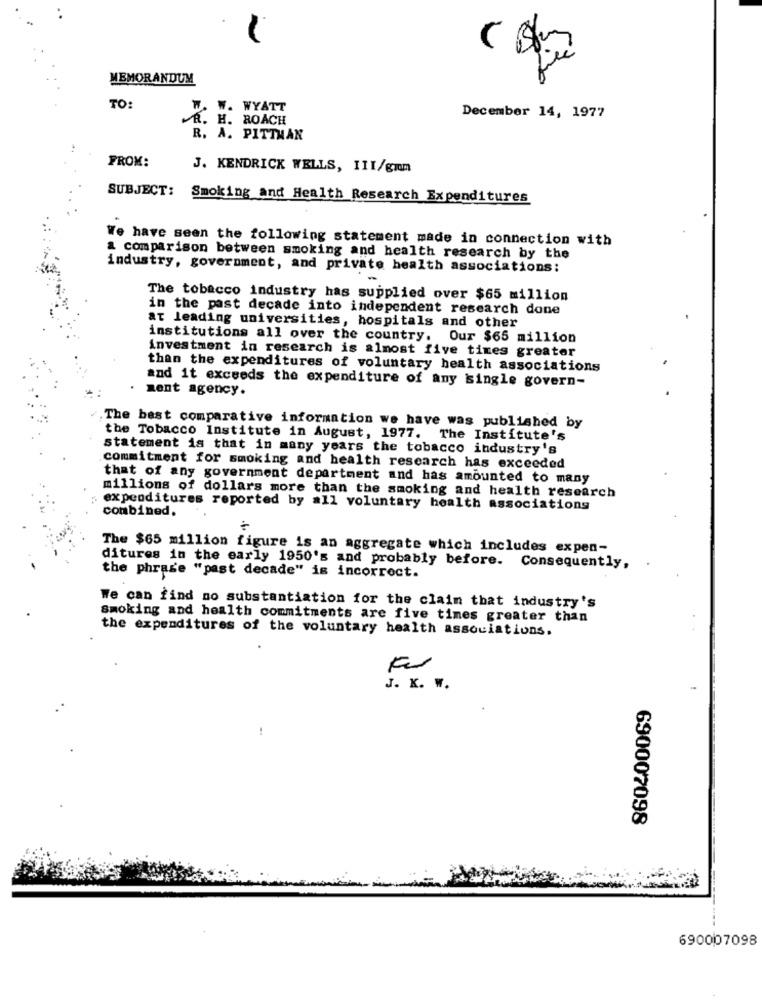
MEMORANDUM
TO:
W. W. WYATT
December 14, 1977
R. H. ROACH
R. A. PITTMAN
FROM:
J. KENDRICK WELLS, III/grm
SUBJECT:
Smoking and Health Research Expenditures
We have seen the following statement made in connection with
a comparison between smoking and health research by the
industry, government, and private health associations:
The tobacco industry has supplied over $65 million
in the past decade into independent research done
at leading universities, hospitals and other
institutions all over the country. Our $65 million
investment in research is almost five times greater
than the expenditures of voluntary health associations
and it exceeds the expenditure of any single govern-
ment agency.
.The best comparative information we have was published by
the Tobacco Institute in August, 1977. The Institute's
statement is that in many years the tobacco industry's
commitment for smoking and health research has exceeded
that of any government department and has amounted to many
millions of dollars more than the smoking and health research
expenditures reported by a11 voluntary health associations
combined.
The $65 million figure is an aggregate which includes expen-
ditures in the early 1950's and probably before. Consequently,
the phrase "past decade" is incorrect.
We can find no substantiation for the claim that industry's
Smoking and health commitments are five times greater than
the expenditures of the voluntary health associations.
J. K. W.
690007098
690007098